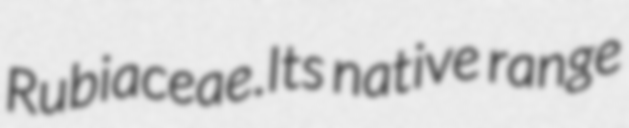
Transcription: Rubiaceae.Its native range